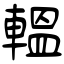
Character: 轀